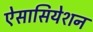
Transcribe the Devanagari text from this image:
ऐसासियेशन